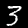
Digit: 3